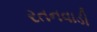
રતનવાડી